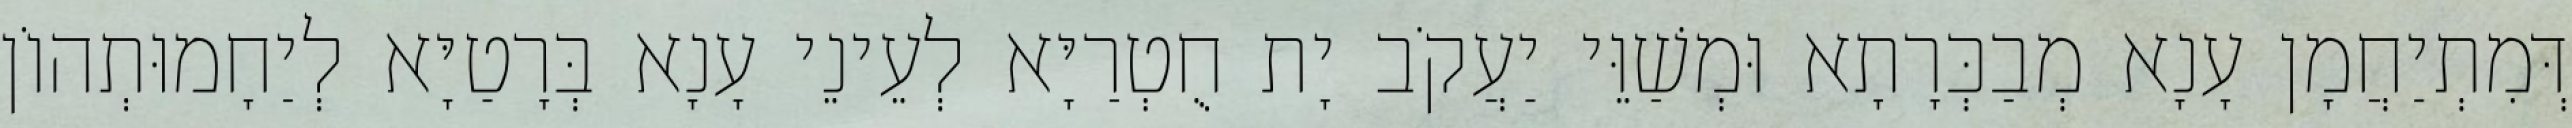
דְּמִתְיַחֲמָן עָנָא מְבַכְּרָתָא וּמְשַׁוֵּי יַעֲקֹב יָת חֻטְרַיָּא לְעֵינֵי עָנָא בְּרָטַיָּא לְיַחָמוּתְהוֹן